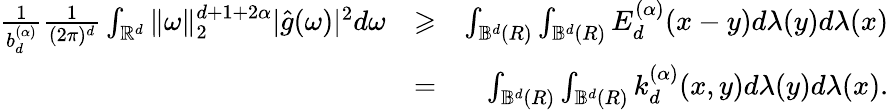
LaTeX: \begin{array}{rlr}{\frac{1}{b_{d}^{(\alpha)}}\frac{1}{(2\pi)^{d}}\int_{\mathbb{{R}}^{d}}\| \omega\| _{2}^{d+1+2\alpha}|\hat{g}(\omega)|^{2}d\omega}&{\geqslant}&{\int_{{\mathbb B}^{d}(R)}\int_{{\mathbb B}^{d}(R)}E_{d}^{(\alpha)}(x-y)d\lambda(y)d\lambda(x)}\\ &{=}&{\int_{{\mathbb B}^{d}(R)}\int_{{\mathbb B}^{d}(R)}k_{d}^{(\alpha)}(x,y)d\lambda(y)d\lambda(x).}\end{array}